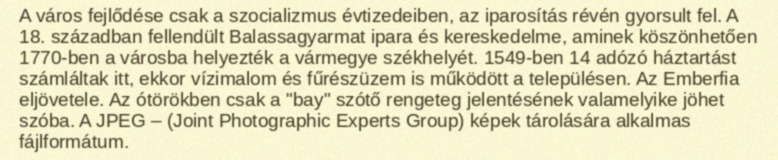
A város fejlődése csak a szocializmus évtizedeiben, az iparosítás révén gyorsult fel. A 18. században fellendült Balassagyarmat ipara és kereskedelme, aminek köszönhetően 1770-ben a városba helyezték a vármegye székhelyét. 1549-ben 14 adózó háztartást számláltak itt, ekkor vízimalom és fűrészüzem is működött a településen. Az Emberfia eljövetele. Az ótörökben csak a "bay" szótő rengeteg jelentésének valamelyike jöhet szóba. A JPEG – (Joint Photographic Experts Group) képek tárolására alkalmas fájlformátum.